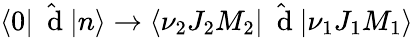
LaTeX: \langle 0|\hat{\mathrm{~\mathbf~d~}}|n\rangle\to\langle\nu_{2}J_{2}M_{2}|\hat{\mathrm{~\mathbf~d~}}|\nu_{1}J_{1}M_{1}\rangle